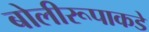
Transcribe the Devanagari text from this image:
बोलीरूपाकडे